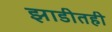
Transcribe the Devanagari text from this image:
झाडीतही